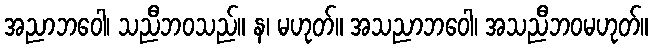
အညာဘဝေါ၊ သညီဘဝသည်။ န၊ မဟုတ်။ အသညာဘဝေါ၊ အသညီဘဝမဟုတ်။